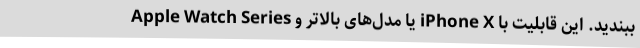
ببندید. این قابلیت با iPhone X یا مدل‌های بالاتر و Apple Watch Series